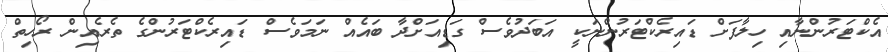
އެކްޓަރުންނާއި ހިލާފަށް ޑައިރެކްޓަރުންނަކީ އަބަދުވެސް ގަޑިއަށްދާ ބައެއް ނަމަވެސް ޑައިރެކްޓަރުންގެ ތެރެއިން ރޯހިތް